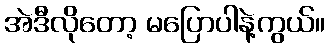
အဲဒီလိုတော့ မပြောပါနဲ့ကွယ်။